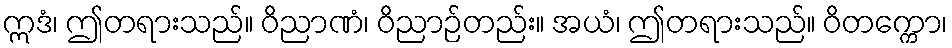
ဣဒံ၊ ဤတရားသည်။ ဝိညာဏံ၊ ဝိညာဉ်တည်း။ အယံ၊ ဤတရားသည်။ ဝိတက္ကော၊